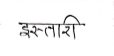
मजकूर: इस्तारी